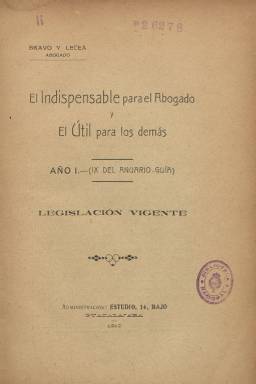
Título: El Indispensable para el abogado y el útil para los demás
Colección: Derecho
Ámbito geográfico: Guadalajara
Lugar de publicación: Guadalajara
Fechas: 01/01/1910-31/12/1917

Con este título el periodista y abogado Tomás Bravo Lecea (1866-1926) va a iniciar en 1910 una nueva publicación anual en la que va a compilar la legislación vigente, cerrando la edición cada 15 de noviembre y corrigiendo y aumentando las anteriores, dirigida a un público especializado como eran abogados, notarios, secretarios municipales o cualquier persona relacionada con el Derecho y las Administraciones. Esta recopilación de legislación se presenta como un índice alfabético de voces que remiten a los artículos de las disposiciones legales aparecidas en las publicaciones oficiales, como la Gaceta de Madrid. Junto a este índice añadirá una Guía del abogado en España, con los nombres y domicilios de cuantos ejercen esta profesión, que después aumentará con los de notarios, jueces y magistrados o catedráticos de Derecho, y que presenta por orden alfabético de provincias y municipios, llegando a incluir a las ciudades de Melilla y Tánger.

La colección de este título en la Biblioteca Nacional de España (BNE) contiene los volúmenes anuales desde 1910 a 1917, faltando el del año 1911, que van desde las 156 páginas del primero hasta rondar las trecientas los últimos, compuestas a dos columnas, volúmenes que también insertarán alguna publicidad comercial, al final. Sin embargo carecen de otros contenidos que eran anunciados como complementarios a cada edición anual, como era una Tabla de señalamientos de vistas y una Agenda del abogado para cada año. El Indispensable… fue estampado en la Imprenta de Antero Concha y de sus sucesores, en Guadalajara, ciudad en la que Bravo Lecea era un reconocido abogado y jurisconsulto, además de ejercer el periodismo, siendo fundador y director de la Asociación de la Prensa de esta provincia.

Esta obra de Bravo Lecea, nacida en el “ambiente jurídico provinciano” –como él mismo señala– y fruto del estudio diario y clasificación de la legislación que iba entrando en vigor, alcanzó prestigió a nivel nacional, y su secuencia iniciada en 1910 –como Año I– será doble al incluir, entre paréntesis, la que le podía haber correspondido al Almanaque-guía de Guadalajara y Anuario-guía de la Guadalajara y su provincia, que había empezado a publicar en 1902, pero con las que no guarda relación por sus contenidos, al ser El Indispensable… una especie de directorio de Derecho, sino por ser Bravo Lecea el mismo compilador.

Posteriormente se publicará Anuario jurídico: indispensable al abogado y útil para los demás, que es continuación El Indispensable… y será impreso ahora en la Imprenta La Neotipia, de Barcelona, y que forma también parte de la colección de la BNE.